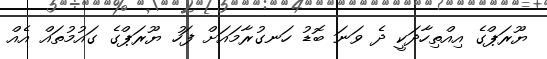
ޔޫރަޕްގެ އިއްތިހާދަކީ ދެ ވަނަ ބޮޑު ހަނގުރާމައަށް ފަހު ޔޫރަޕްގެ ގައުމުތައް އެއް